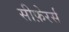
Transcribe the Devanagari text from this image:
सीफ़ेरर्स